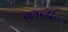
જલદ